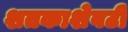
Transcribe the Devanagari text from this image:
शतकाशेवटी